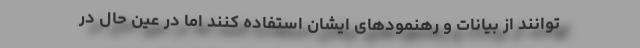
توانند از بیانات و رهنمودهای ایشان استفاده کنند اما در عین حال در